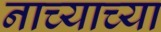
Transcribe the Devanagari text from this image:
नाच्याच्या